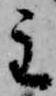
主